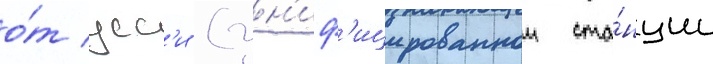
о́т усс'и (ун'иф'ицированнои ста́нции